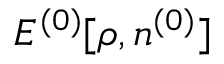
{ \cal E } ^ { ( 0 ) } [ \rho , n ^ { ( 0 ) } ]